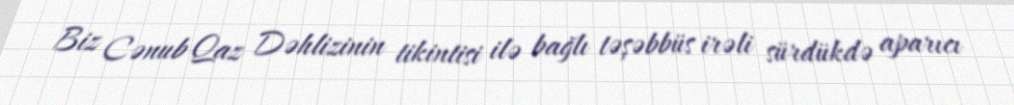
Biz Cənub Qaz Dəhlizinin tikintisi ilə bağlı təşəbbüs irəli sürdükdə aparıcı